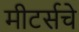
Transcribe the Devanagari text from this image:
मीटर्सचे